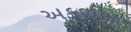
અકશરા